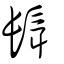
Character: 髶